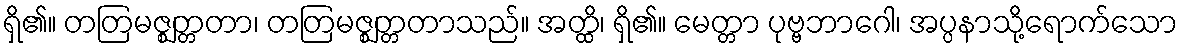
ရှိ၏။ တတြမဇ္ဈတ္တတာ၊ တတြမဇ္ဈတ္တတာသည်။ အတ္ထိ၊ ရှိ၏။ မေတ္တာ ပုဗ္ဗဘာဂေါ၊ အပ္ပနာသို့ရောက်သော